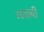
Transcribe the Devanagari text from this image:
मयाबी